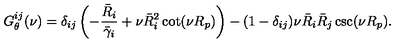
G _ { \theta } ^ { i j } ( \nu ) = \delta _ { i j } \left( - \frac { \bar { R } _ { i } } { \bar { \gamma } _ { i } } + \nu \bar { R } _ { i } ^ { 2 } \cot ( \nu R _ { p } ) \right) - ( 1 - \delta _ { i j } ) \nu \bar { R } _ { i } \bar { R } _ { j } \csc ( \nu R _ { p } ) .